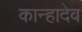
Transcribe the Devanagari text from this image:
कान्हादेव